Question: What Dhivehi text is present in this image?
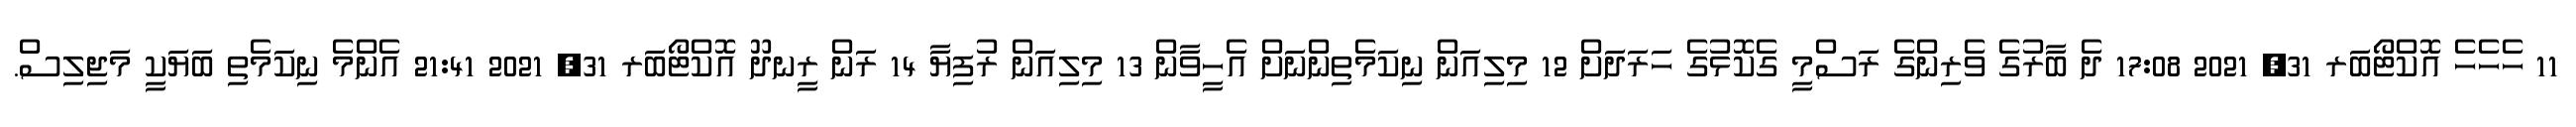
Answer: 11 ހެހެހެ އޮކްޓޯބަރ 31, 2021 17:08 ދެ ބާރުގެ ވެރިންގެ ރަސްމީ ގެކޮޅުގެ ހަރަދަށް 12 މިލިއަން ނިކަމެތިންނަށް އެހީވާން 13 މިލިއަން ރުފިޔާ 14 ރަން ރީނދޫ އޮކްޓޯބަރ 31, 2021 21:41 އެންމެ ނިކަމެތި ބަޔަކީ މަޖިލިސް.